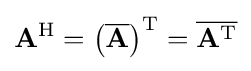
\mathbf {A} ^{\mathrm {H} }=\left({\overline {\mathbf {A} }}\right)^{\operatorname {T} }={\overline {\mathbf {A} ^{\operatorname {T} }}}